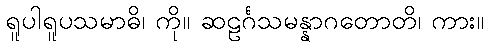
ရူပါရူပသမာဓိ၊ ကို။ ဆဠင်္ဂသမန္နာဂတောတိ၊ ကား။